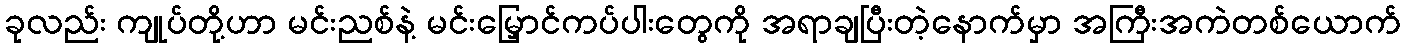
ခုလည်း ကျုပ်တို့ဟာ မင်းညစ်နဲ့ မင်းမြှောင်ကပ်ပါးတွေကို အရာချပြီးတဲ့နောက်မှာ အကြီးအကဲတစ်ယောက်